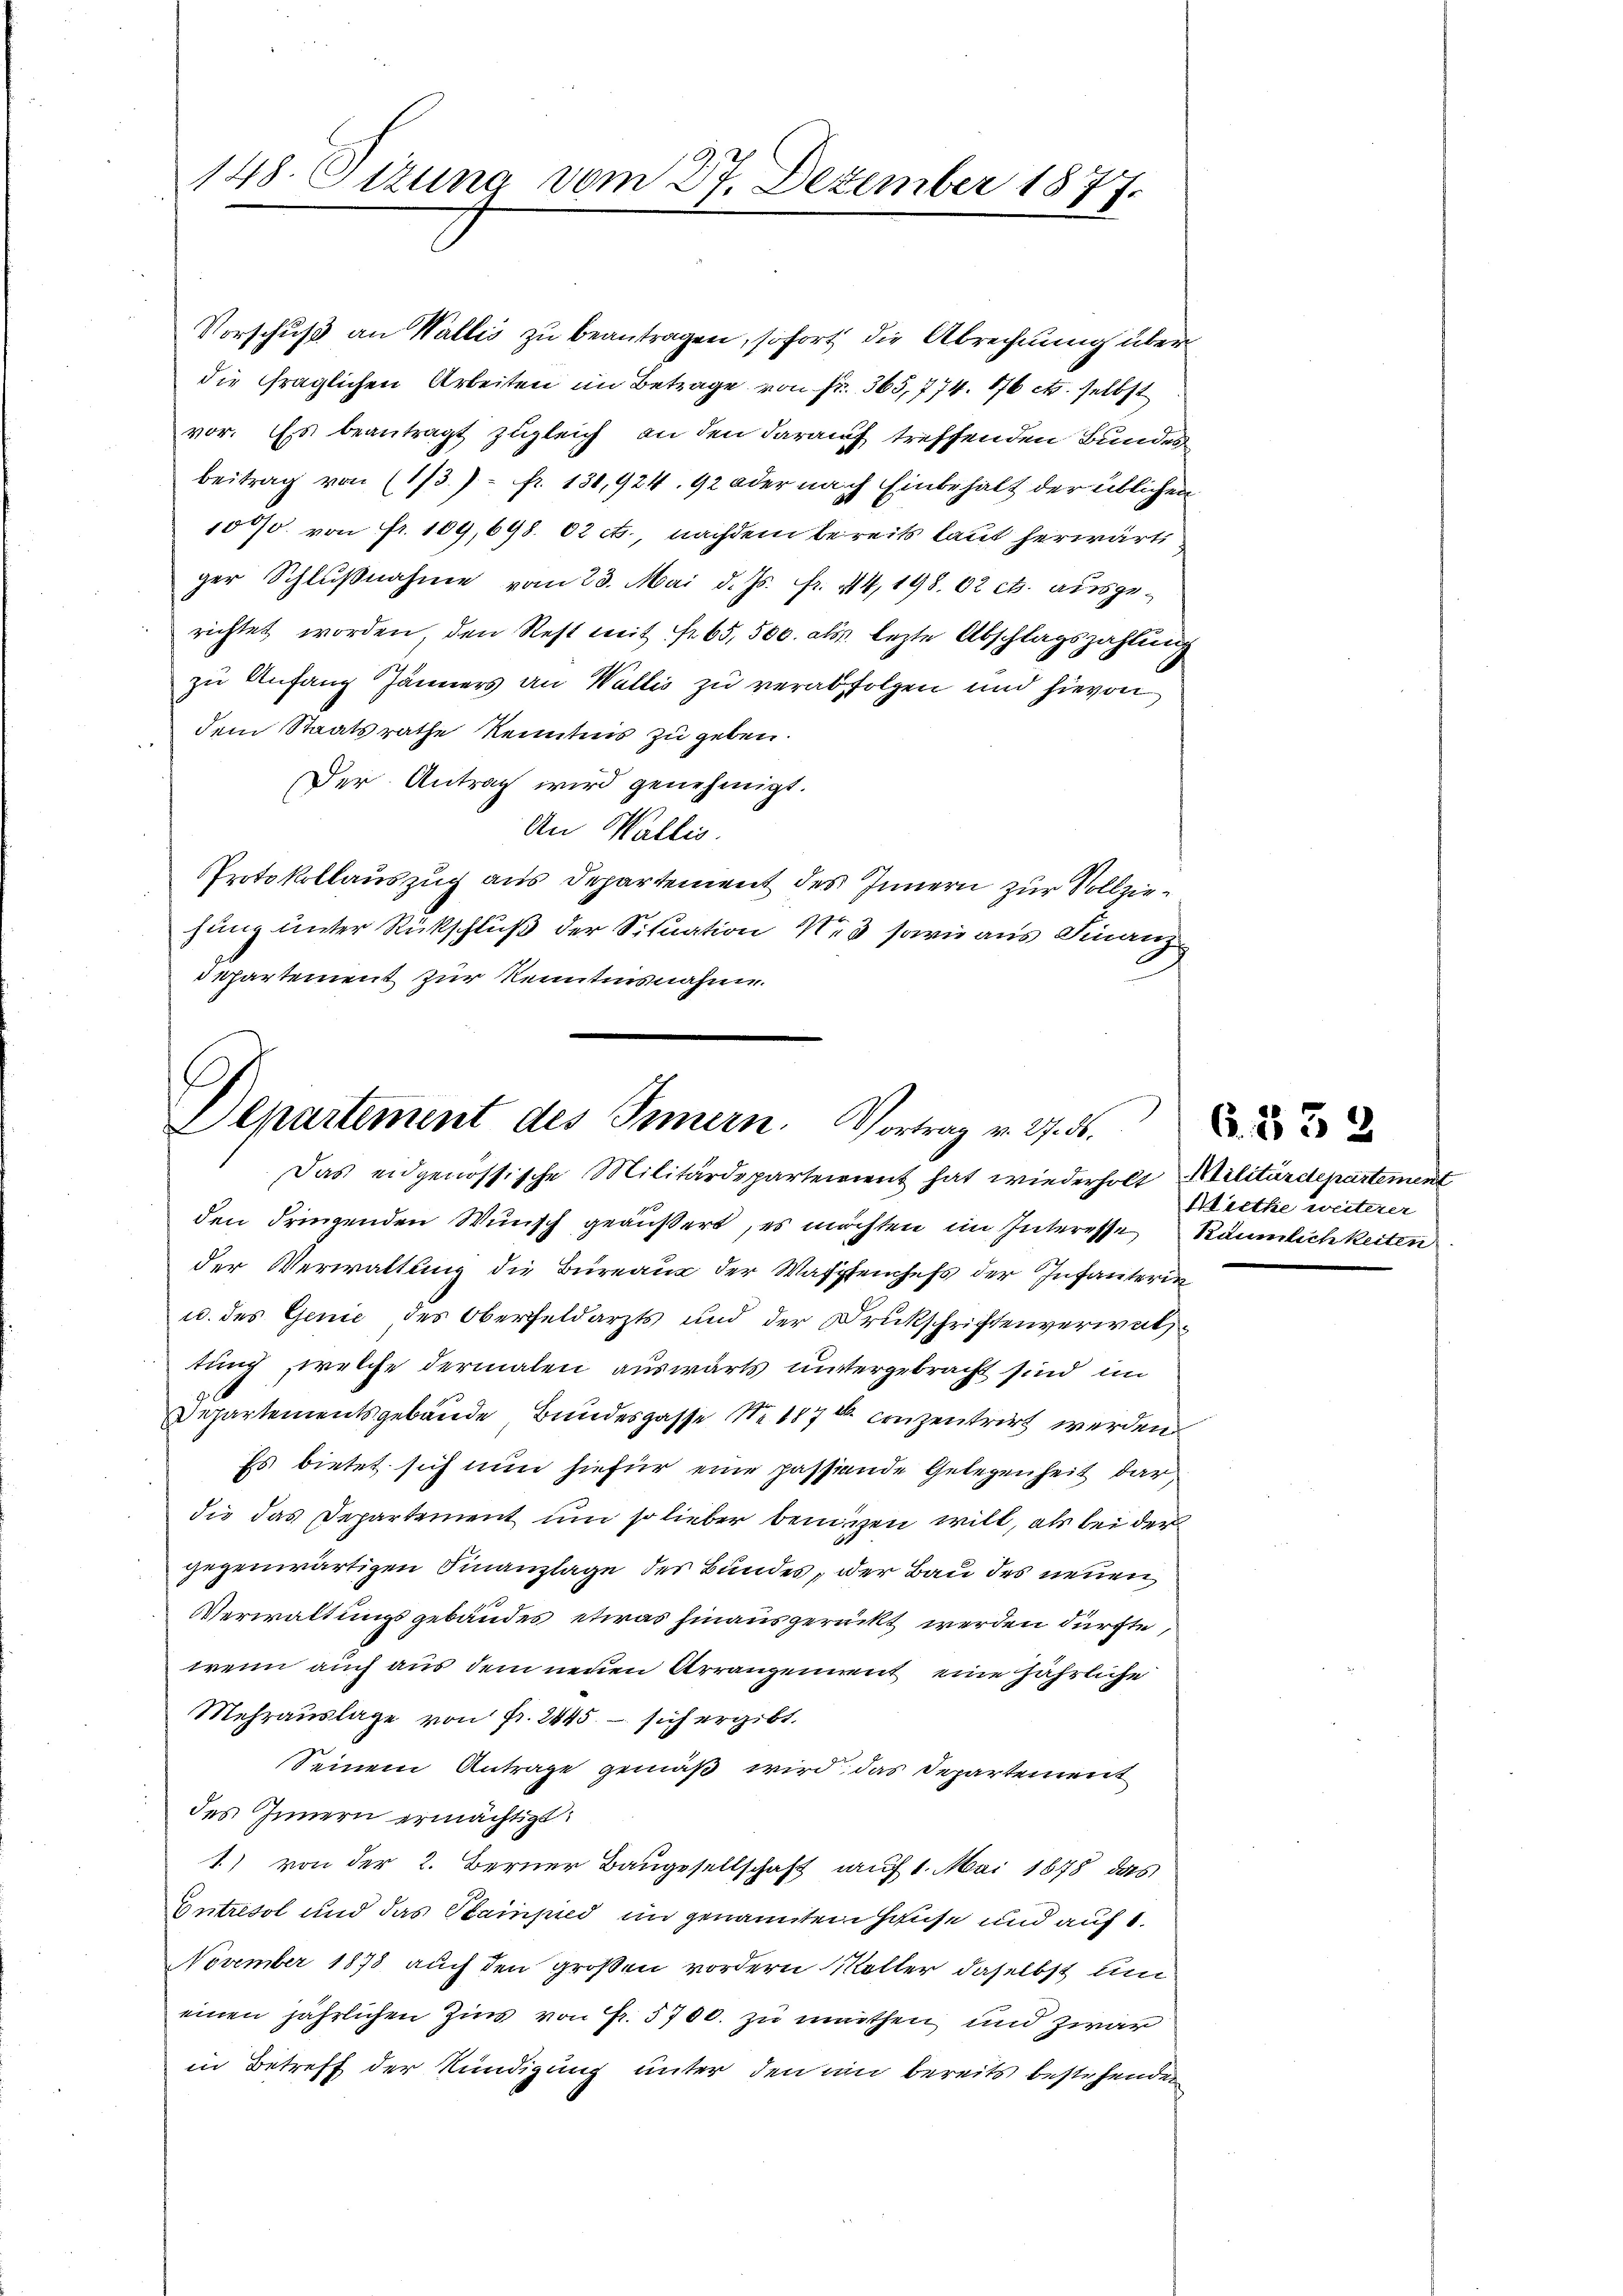
148. Sizung vom 27. Dezember 1877.

Vorschuß an Wallis zu beantragen, sofort die Abrechnung überdie fraglichen Arbeiten im Betrage von Fr. 365,774. 876 etc. selbst
vor. Es beantragt zugleich an den darauf treffenden Bundes
beitrag von (173. fr. 131,924. 92 oder nach Einbehalt der üblichen
1000. von Fr. 109, 698. 02 c., nachdem bereits laut herwärtiger Schlußnahme vom 23. Mai d. Js. fr. 44,198. 02 c. ausgerichtet worden, den Rest mit fr. 65,500. als lezte Abschlagszahlung
zu Anfang Jänners an Wallis zu verabfolgen und hievon
dem Staatsrathe Kenntnis zu geben.
Der Antrag wird genehmigt.
An Wallis.
Protokollauszug aus Departement des Innern zur Vollziehang unter Rückschluß der Situation Ne3 sowie aus Finanzdepartement zur Kenntnisnahme.

Departement des Innern. Vortrag v. 27. ds.

Das eidgenössische Militärdepartement hat wiederholt Militärdepartement
den dringenden Wunsch geäußert, es möchten im Interesse Räumlichkeiten
der Verwaltung die Büreaus der Wassenhefs der Infanterin¬
u. des Genie des Oberfeldarzts und der Druckschriftenverwathtung, welche dermalen auswärts untergebracht sind, im
S
Departementsgebäude Bundesgasse Nr. 187 b. conzentrirt werden
Es bietet sich nun hiefür eine passende Gelegenheit dardie das Departement um so lieber bemigen will, als bei der
gegenwärtigen Finanzlage der Bundes, der Bau des neuen
Verwaltungsgebäudes, etwas hinausgerückt werden dürfte,
wenn auch aus dem neuen Arrangement eine jährliche
Mehrauslage von Fr. 2445 - sich ergibt.
Seinem Antrage gemäß wird, das Departement
des Innern ermächtigt.
1) von der 2. Berner Baugesellschaft auf 1. Mai 1878 das
Entresol und das Stainpied im genannten Hause und auf 1.
November 1873 auch den großen vordern Möller daselbst und
einen jährlichen Zins von Fr. 5700. zu muthen und zwar
in Betreff der Kündigung unter den ein bereits bestehenden

Wiethe weiterer

A. 1832